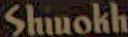
Shokh